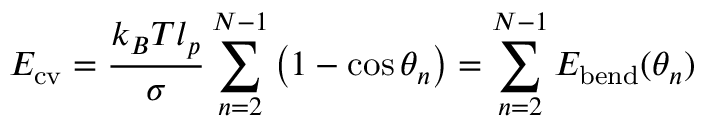
E _ { \mathrm { c v } } = \frac { k _ { B } T l _ { p } } { \sigma } \sum _ { n = 2 } ^ { N - 1 } \left( 1 - \cos { \theta _ { n } } \right) = \sum _ { n = 2 } ^ { N - 1 } E _ { \mathrm { b e n d } } ( \theta _ { n } )